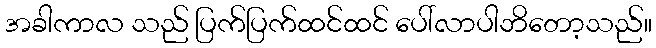
အခါကာလ သည် ပြက်ပြက်ထင်ထင် ပေါ်လာပါဘိတော့သည်။